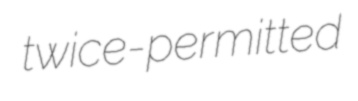
twice-permitted